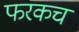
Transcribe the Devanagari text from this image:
फरकच